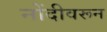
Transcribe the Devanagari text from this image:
नोंदीवरून